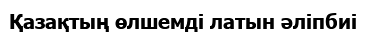
Қазақтың өлшемді латын әліпбиі